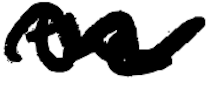
Text: the
Cross-out: wave
Writing tool: digital_black